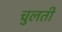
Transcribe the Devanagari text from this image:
चुलती